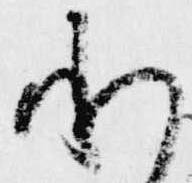
承